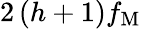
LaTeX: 2\left(h+1\right)f_{\mathrm{M}}